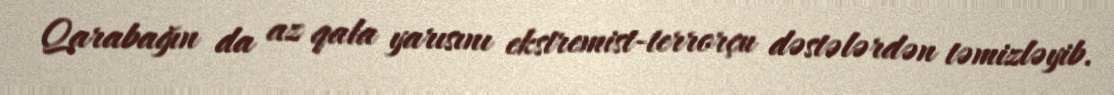
Qarabağın da az qala yarısını ekstremist-terrorçu dəstələrdən təmizləyib.